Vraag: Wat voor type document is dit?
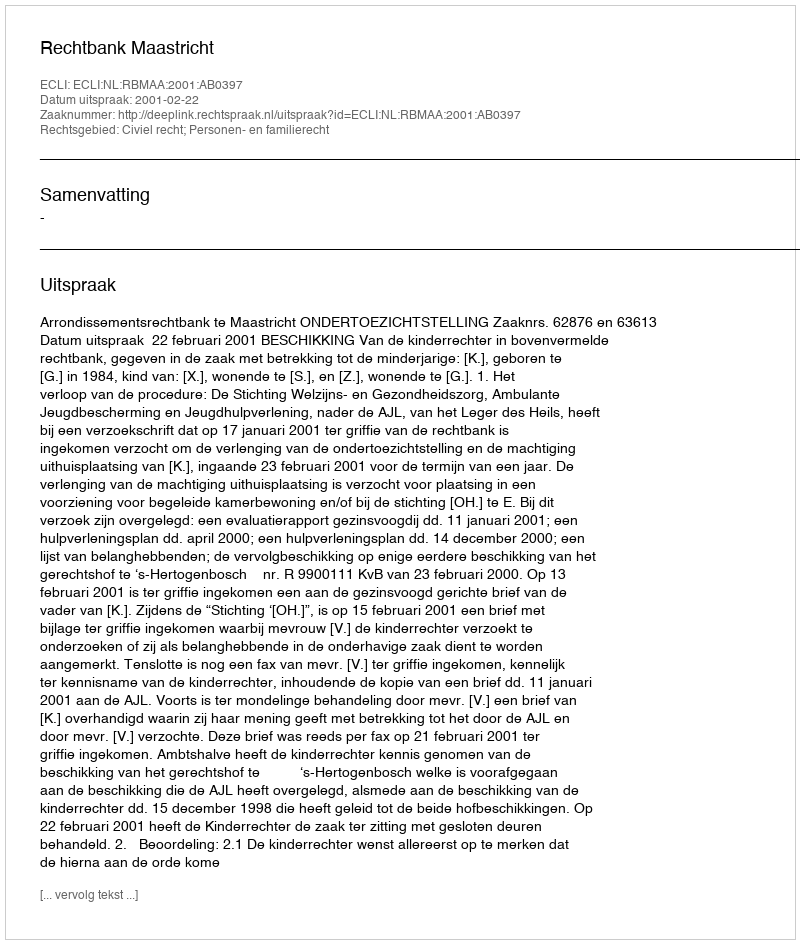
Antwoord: Uitspraak